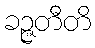
ခဉ္ဇတီတိ